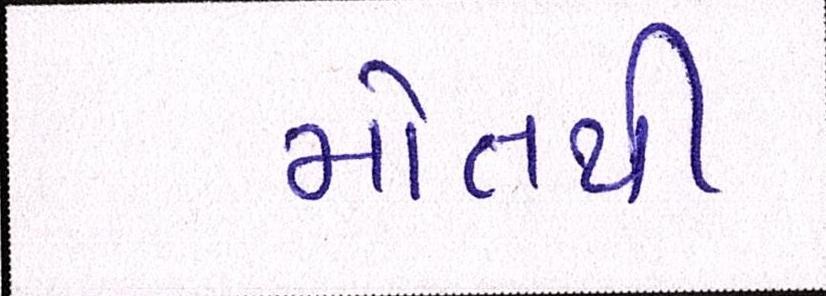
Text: મોતથી